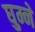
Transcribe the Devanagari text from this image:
घुम्ने